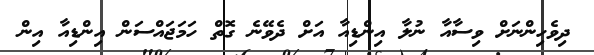
ދިވެހިންނަށް ވިސާއާ ނުލާ އިންޑިއާ އަށް ދެވޭނެ ގޮތް ހަމަޖައްސަން އިންޑިއާ އިން